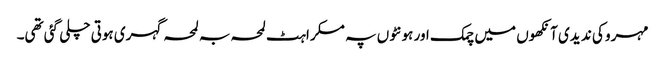
مہرو کی ند یدی آنکھوں میں چمک اور ہونٹوں پہ مسکراہٹ لمحہ بہ لمحہ گہری ہوتی چلی گئی تھی۔